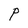
Character: P